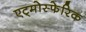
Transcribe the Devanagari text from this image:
एट्मोस्फेरिक